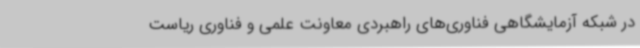
در شبکه آزمایشگاهی فناوری‌های راهبردی معاونت علمی و فناوری ریاست